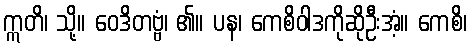
ဣတိ၊ သို့။ ဝေဒိတဗ္ဗံ၊ ၏။ ပန၊ ကေစိဝါဒကိုဆိုဦးအံ့။ ကေစိ၊